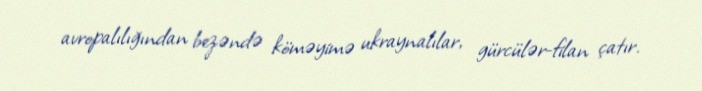
avropalılığından bezəndə köməyimə ukraynalılar, gürcülər-filan çatır.